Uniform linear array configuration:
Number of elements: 16
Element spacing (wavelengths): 1
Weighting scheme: exponential
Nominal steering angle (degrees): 15
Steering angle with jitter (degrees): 16.23
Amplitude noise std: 0.05
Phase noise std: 0.05

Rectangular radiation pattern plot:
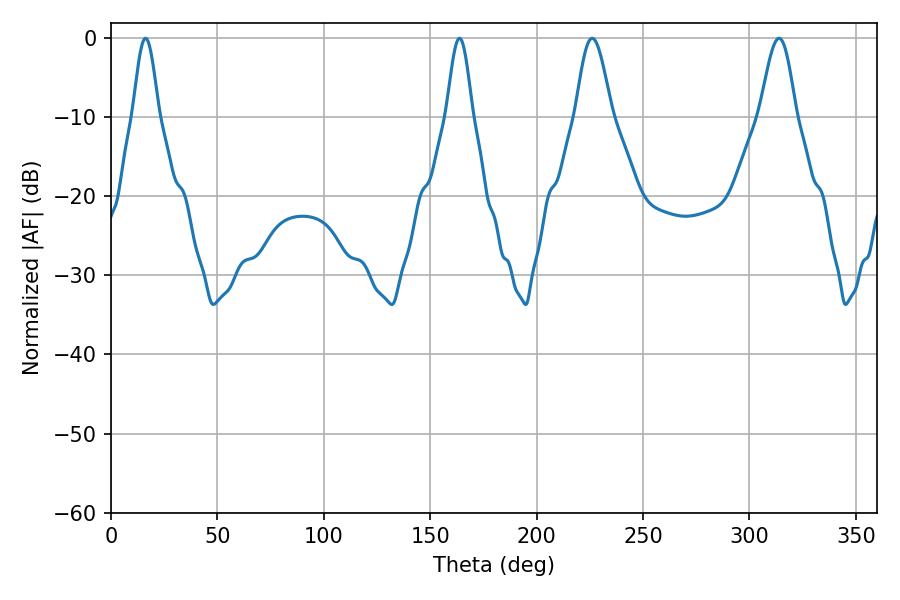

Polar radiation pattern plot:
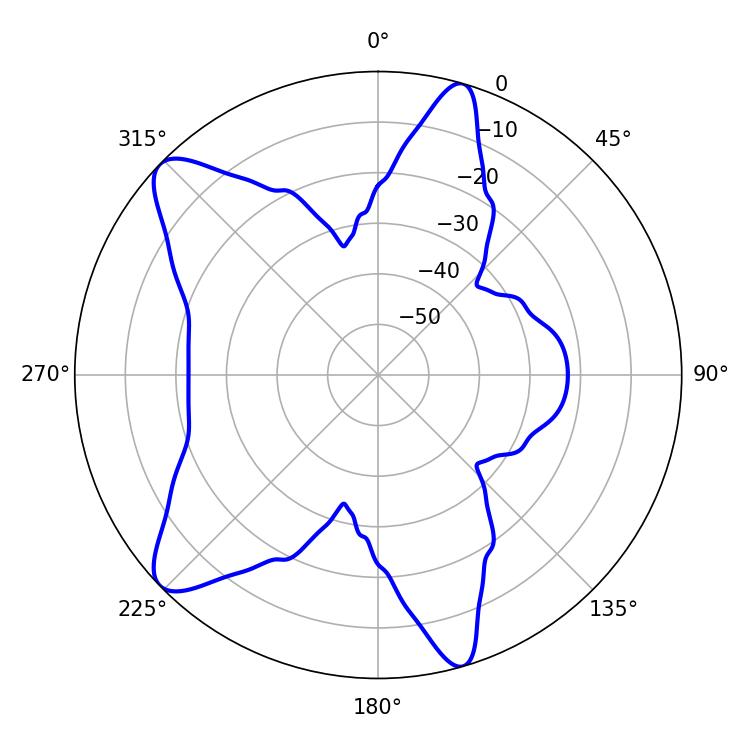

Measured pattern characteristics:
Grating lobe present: TRUE
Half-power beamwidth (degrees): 9
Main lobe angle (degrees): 226.08